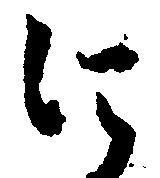
に